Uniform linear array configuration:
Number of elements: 8
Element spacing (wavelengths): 0.25
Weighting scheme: binomial
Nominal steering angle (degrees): -30
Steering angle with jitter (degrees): -29.05
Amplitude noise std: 0.05
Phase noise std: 0.05

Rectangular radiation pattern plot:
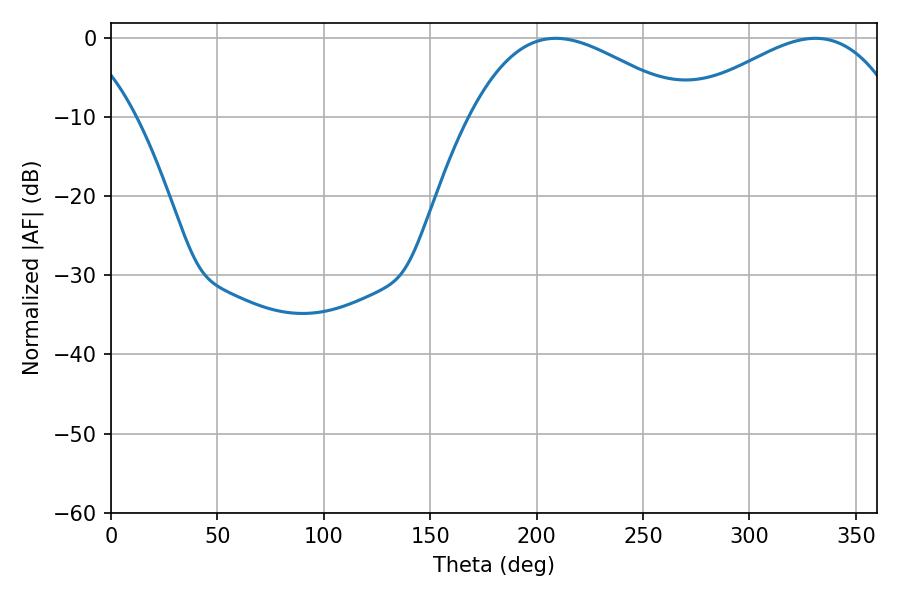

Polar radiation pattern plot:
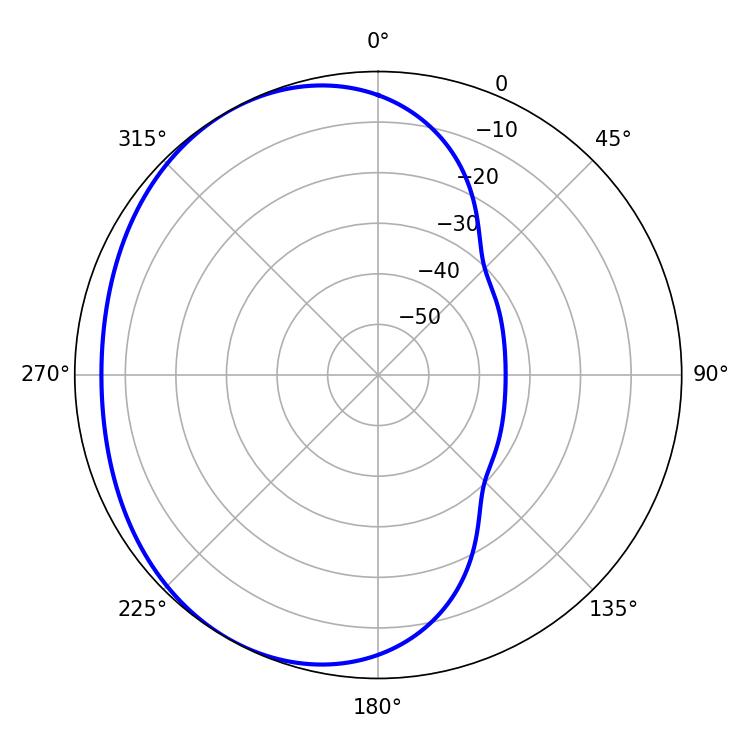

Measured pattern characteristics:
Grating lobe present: FALSE
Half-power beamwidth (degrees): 55.8
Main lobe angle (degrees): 208.98